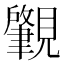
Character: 𬢅